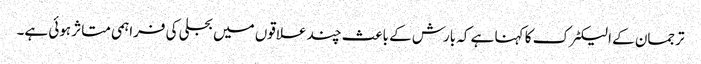
ترجمان کے الیکٹرک کا کہنا ہے کہ بارش کے باعث چند علاقوں میں بجلی کی فراہمی متاثر ہوئی ہے۔